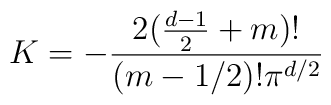
K=-\frac{ 2(\frac{d-1}{2}+m)!}{ (m-1/2)!\pi ^{d/2}}